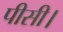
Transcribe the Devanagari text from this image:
पीसी।